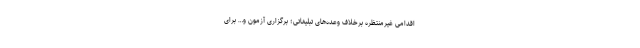
اقدامی غیرمنتظره برخلاف وعده‌های تبلیغاتی؛ برگزاری آزمون و… برای